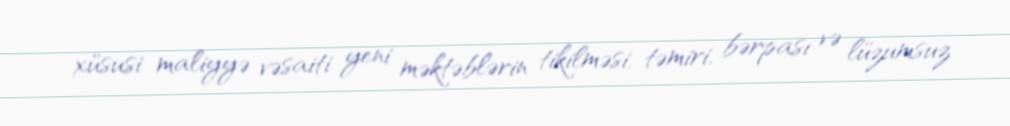
xüsusi maliyyə vəsaiti yeni məktəblərin tikilməsi, təmiri, bərpası və lüzumsuz